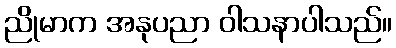
ညိုမာက အနုပညာ ဝါသနာပါသည်။